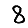
Digit: 8